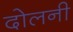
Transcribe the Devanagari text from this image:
दोलनी